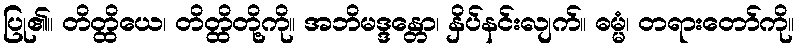
ပြု၏။ တိတ္ထိယေ၊ တိတ္ထိတို့ကို။ အဘိမဒ္ဒန္တော၊ နှိပ်နင်းလျက်။ ဓမ္မံ၊ တရားတော်ကို။